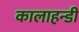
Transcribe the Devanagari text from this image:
कालाहन्डी